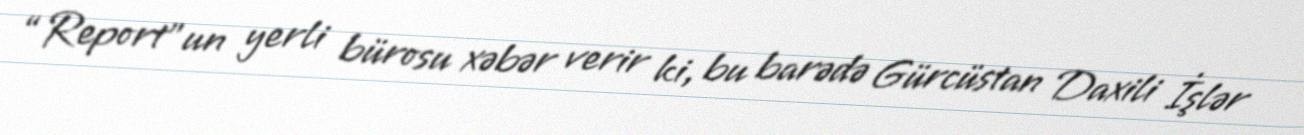
“Report”un yerli bürosu xəbər verir ki, bu barədə Gürcüstan Daxili İşlər